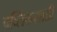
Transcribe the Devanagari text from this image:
पब्लिकसाठी